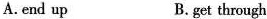
A.end up B. get through